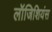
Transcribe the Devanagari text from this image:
लॉजिशियंस